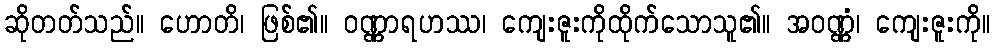
ဆိုတတ်သည်။ ဟောတိ၊ ဖြစ်၏။ ဝဏ္ဏာရဟဿ၊ ကျေးဇူးကိုထိုက်သောသူ၏။ အဝဏ္ဏံ၊ ကျေးဇူးကို။